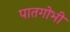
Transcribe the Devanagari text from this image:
पातगोभी